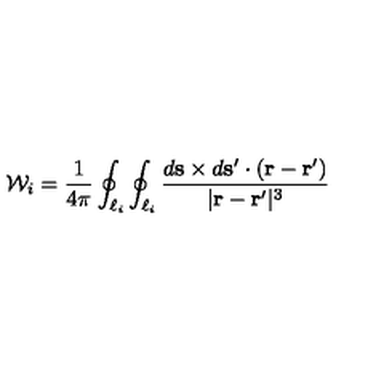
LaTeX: { \cal W } _ { i } = \frac { 1 } { 4 \pi } \oint _ { \ell _ { i } } \oint _ { \ell _ { i } } \frac { d { \bf s } \times d { \bf s } ^ { \prime } \cdot ( { \bf r } - { \bf r } ^ { \prime } ) } { | { \bf r } - { \bf r } ^ { \prime } | ^ { 3 } }